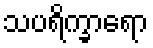
သပရိက္ခာရော